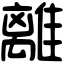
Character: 離